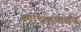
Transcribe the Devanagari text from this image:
काश्मिरपासून